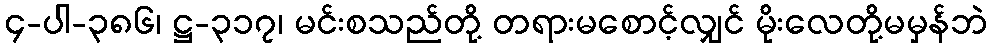
၄-ပါ-၃၈၆၊ ဋ္ဌ-၃၁၇၊ မင်းစသည်တို့ တရားမစောင့်လျှင် မိုးလေတို့မမှန်ဘဲ